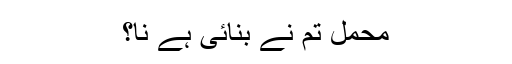
محمل تم نے بنائی ہے نا؟